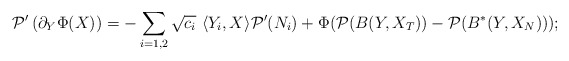
\begin{align*}\mathcal{P}'\left(\partial_Y\Phi(X)\right)=-\sum_{i=1,2}\sqrt{c_i}\ \langle Y_i,X\rangle \mathcal{P}'(N_i)+\Phi(\mathcal{P}(B(Y,X_T))-\mathcal{P}(B^*(Y,X_N)));\end{align*}